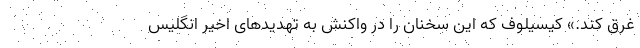
غرق کند.» کیسیلوف که این سخنان را در واکنش به تهدیدهای اخیر انگلیس